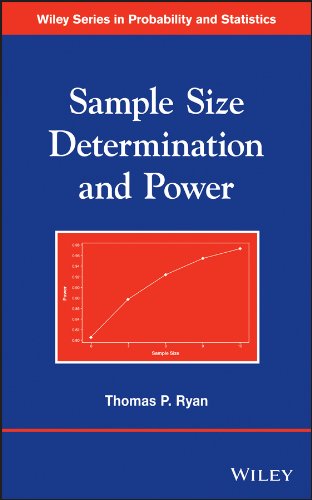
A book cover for Sample Size Determination and Power; Thomas P. Ryan; Medical Books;